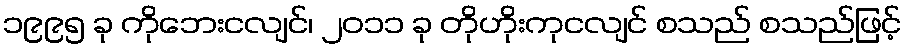
၁၉၉၅ ခု ကိုဘေးငလျင်၊ ၂၀၁၁ ခု တိုဟိုးကုငလျင် စသည် စသည်ဖြင့်